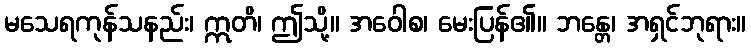
မသေရကုန်သနည်း၊ ဣတိ၊ ဤသို့။ အဝေါစ၊ မေးပြန်၏။ ဘန္တေ၊ အရှင်ဘုရား။